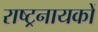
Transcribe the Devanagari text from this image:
राष्ट्रनायकों